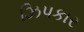
ઝિપકાર